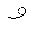
Letter: _waw